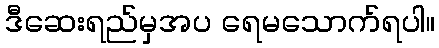
ဒီဆေးရည်မှအပ ရေမသောက်ရပါ။